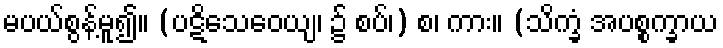
မပယ်စွန့်မူ၍။ (ပဋိသေဝေယျ၊ ၌ စပ်၊) စ၊ ကား။ (သိက္ခံ အပစ္စက္ခာယ